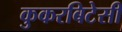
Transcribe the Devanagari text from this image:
कुकरबिटेसी